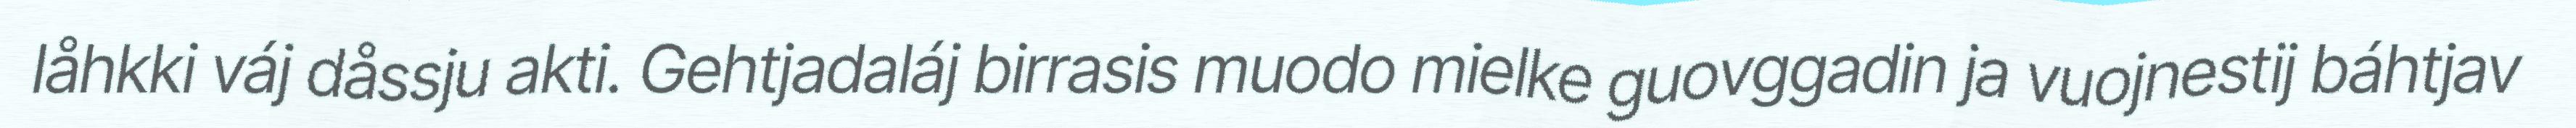
låhkki váj dåssju akti. Gehtjadaláj birrasis muodo mielke guovggadin ja vuojnestij báhtjav